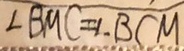
\angle B M C = \angle B C M